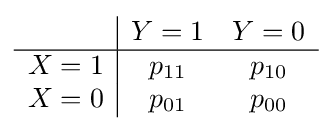
{\begin{array}{c|cc}&Y=1&Y=0\\\hline X=1&p_{11}&p_{10}\\X=0&p_{01}&p_{00}\end{array}}